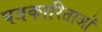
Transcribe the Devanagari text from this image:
पत्रकारिताओं